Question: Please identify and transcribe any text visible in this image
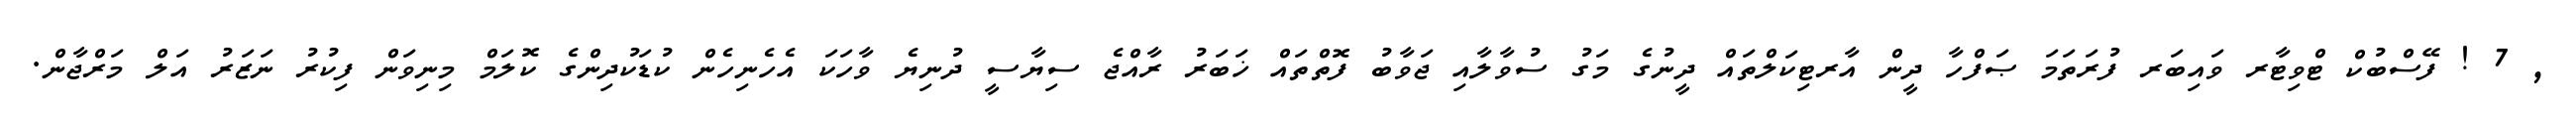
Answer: , 7 ! ފޭސްބުކް ޓްވިޓާރ ވައިބަރ ފުރަތަމަ ޞަފްހާ ދީން އާރޓިކަލްތައް ދީނުގެ މަގު ސުވާލާއި ޖަވާބު ފޮތްތައް ޚަބަރު ރާއްޖެ ސިޔާސީ ދުނިޔެ ވާހަކަ އެހެނިހެން ކުޑަކުދިންގެ ކޮލަމް މިނިވަން ފިކުރު ނަޒަރު އަލް މަރްޖާން.